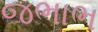
જભાભ